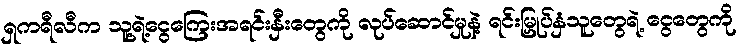
ရှကရီလီက သူ့ရဲ့ငွေကြေးအရင်းနှီးတွေကို လုပ်ဆောင်မှုနဲ့ ရင်းမြှုပ်နှံသူတွေရဲ့ ငွေတွေကို